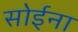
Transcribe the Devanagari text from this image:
सोईना